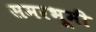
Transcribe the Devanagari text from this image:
समरभूमी